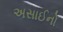
અસાઈનો